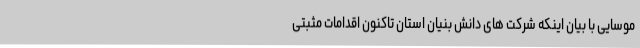
موسایی با بیان اینکه شرکت های دانش بنیان استان تاکنون اقدامات مثبتی